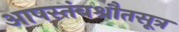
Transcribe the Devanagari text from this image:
आपस्तंबश्रौतसूत्र